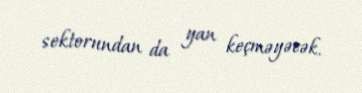
sektorundan da yan keçməyəcək.